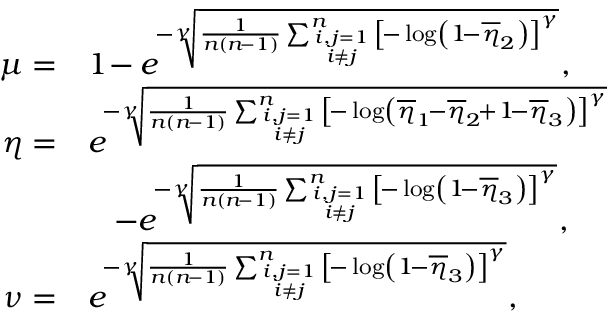
\begin{array} { r l } { \mu = } & { 1 \! - e ^ { \! - \sqrt [ \gamma ] { \frac { 1 } { n ( n \! - 1 ) } \sum _ { i , j = 1 \atop i \neq j } ^ { n } \left[ \! - \log \left( 1 \! - \overline { { \eta } } _ { 2 } \right) \right] ^ { \gamma } } } , } \\ { \eta = } & { e ^ { \! - \sqrt [ \gamma ] { \frac { 1 } { n ( n \! - 1 ) } \sum _ { i , j = 1 \atop i \neq j } ^ { n } \left[ \! - \log \left( \overline { { \eta } } _ { 1 } \! - \overline { { \eta } } _ { 2 } \! + 1 \! - \overline { { \eta } } _ { 3 } \right) \right] ^ { \gamma } } } } \\ & { \quad \! - e ^ { \! - \sqrt [ \gamma ] { \frac { 1 } { n ( n \! - 1 ) } \sum _ { i , j = 1 \atop i \neq j } ^ { n } \left[ \! - \log \left( 1 \! - \overline { { \eta } } _ { 3 } \right) \right] ^ { \gamma } } } , } \\ { \nu = } & { e ^ { \! - \sqrt [ \gamma ] { \frac { 1 } { n ( n \! - 1 ) } \sum _ { i , j = 1 \atop i \neq j } ^ { n } \left[ \! - \log \left( 1 \! - \overline { { \eta } } _ { 3 } \right) \right] ^ { \gamma } } } , } \end{array}